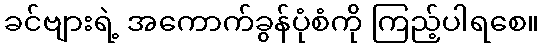
ခင်ဗျားရဲ့ အကောက်ခွန်ပုံစံကို ကြည့်ပါရစေ။